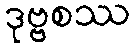
ဒုဗ္ဗစဿ